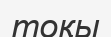
тоқы